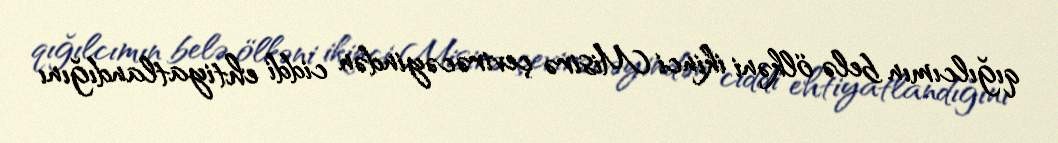
qığılcımın belə ölkəni ikinci Misirə çevirəcəyindən ciddi ehtiyatlandığını